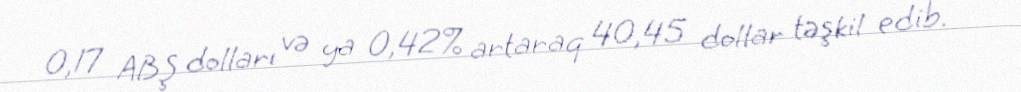
0,17 ABŞ dolları və ya 0,42% artaraq 40,45 dollar təşkil edib.